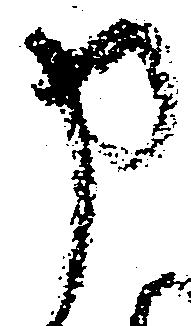
申